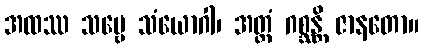
အထဿ သဗ္ဗေ သံယောဂါ၊ အတ္ထံ ဂစ္ဆန္တိ ဇာနတော။